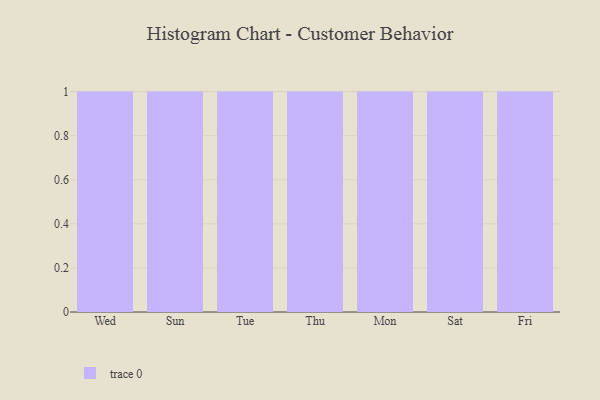
{"axis": {"x": "Day", "y": "Demand Index"}, "legend": [""], "data": [{"x": "Wed", "y": 96, "type": ""}, {"x": "Sun", "y": 71, "type": ""}, {"x": "Tue", "y": 19, "type": ""}, {"x": "Thu", "y": 100, "type": ""}, {"x": "Mon", "y": 88, "type": ""}, {"x": "Sat", "y": 72, "type": ""}, {"x": "Fri", "y": 49, "type": ""}]}